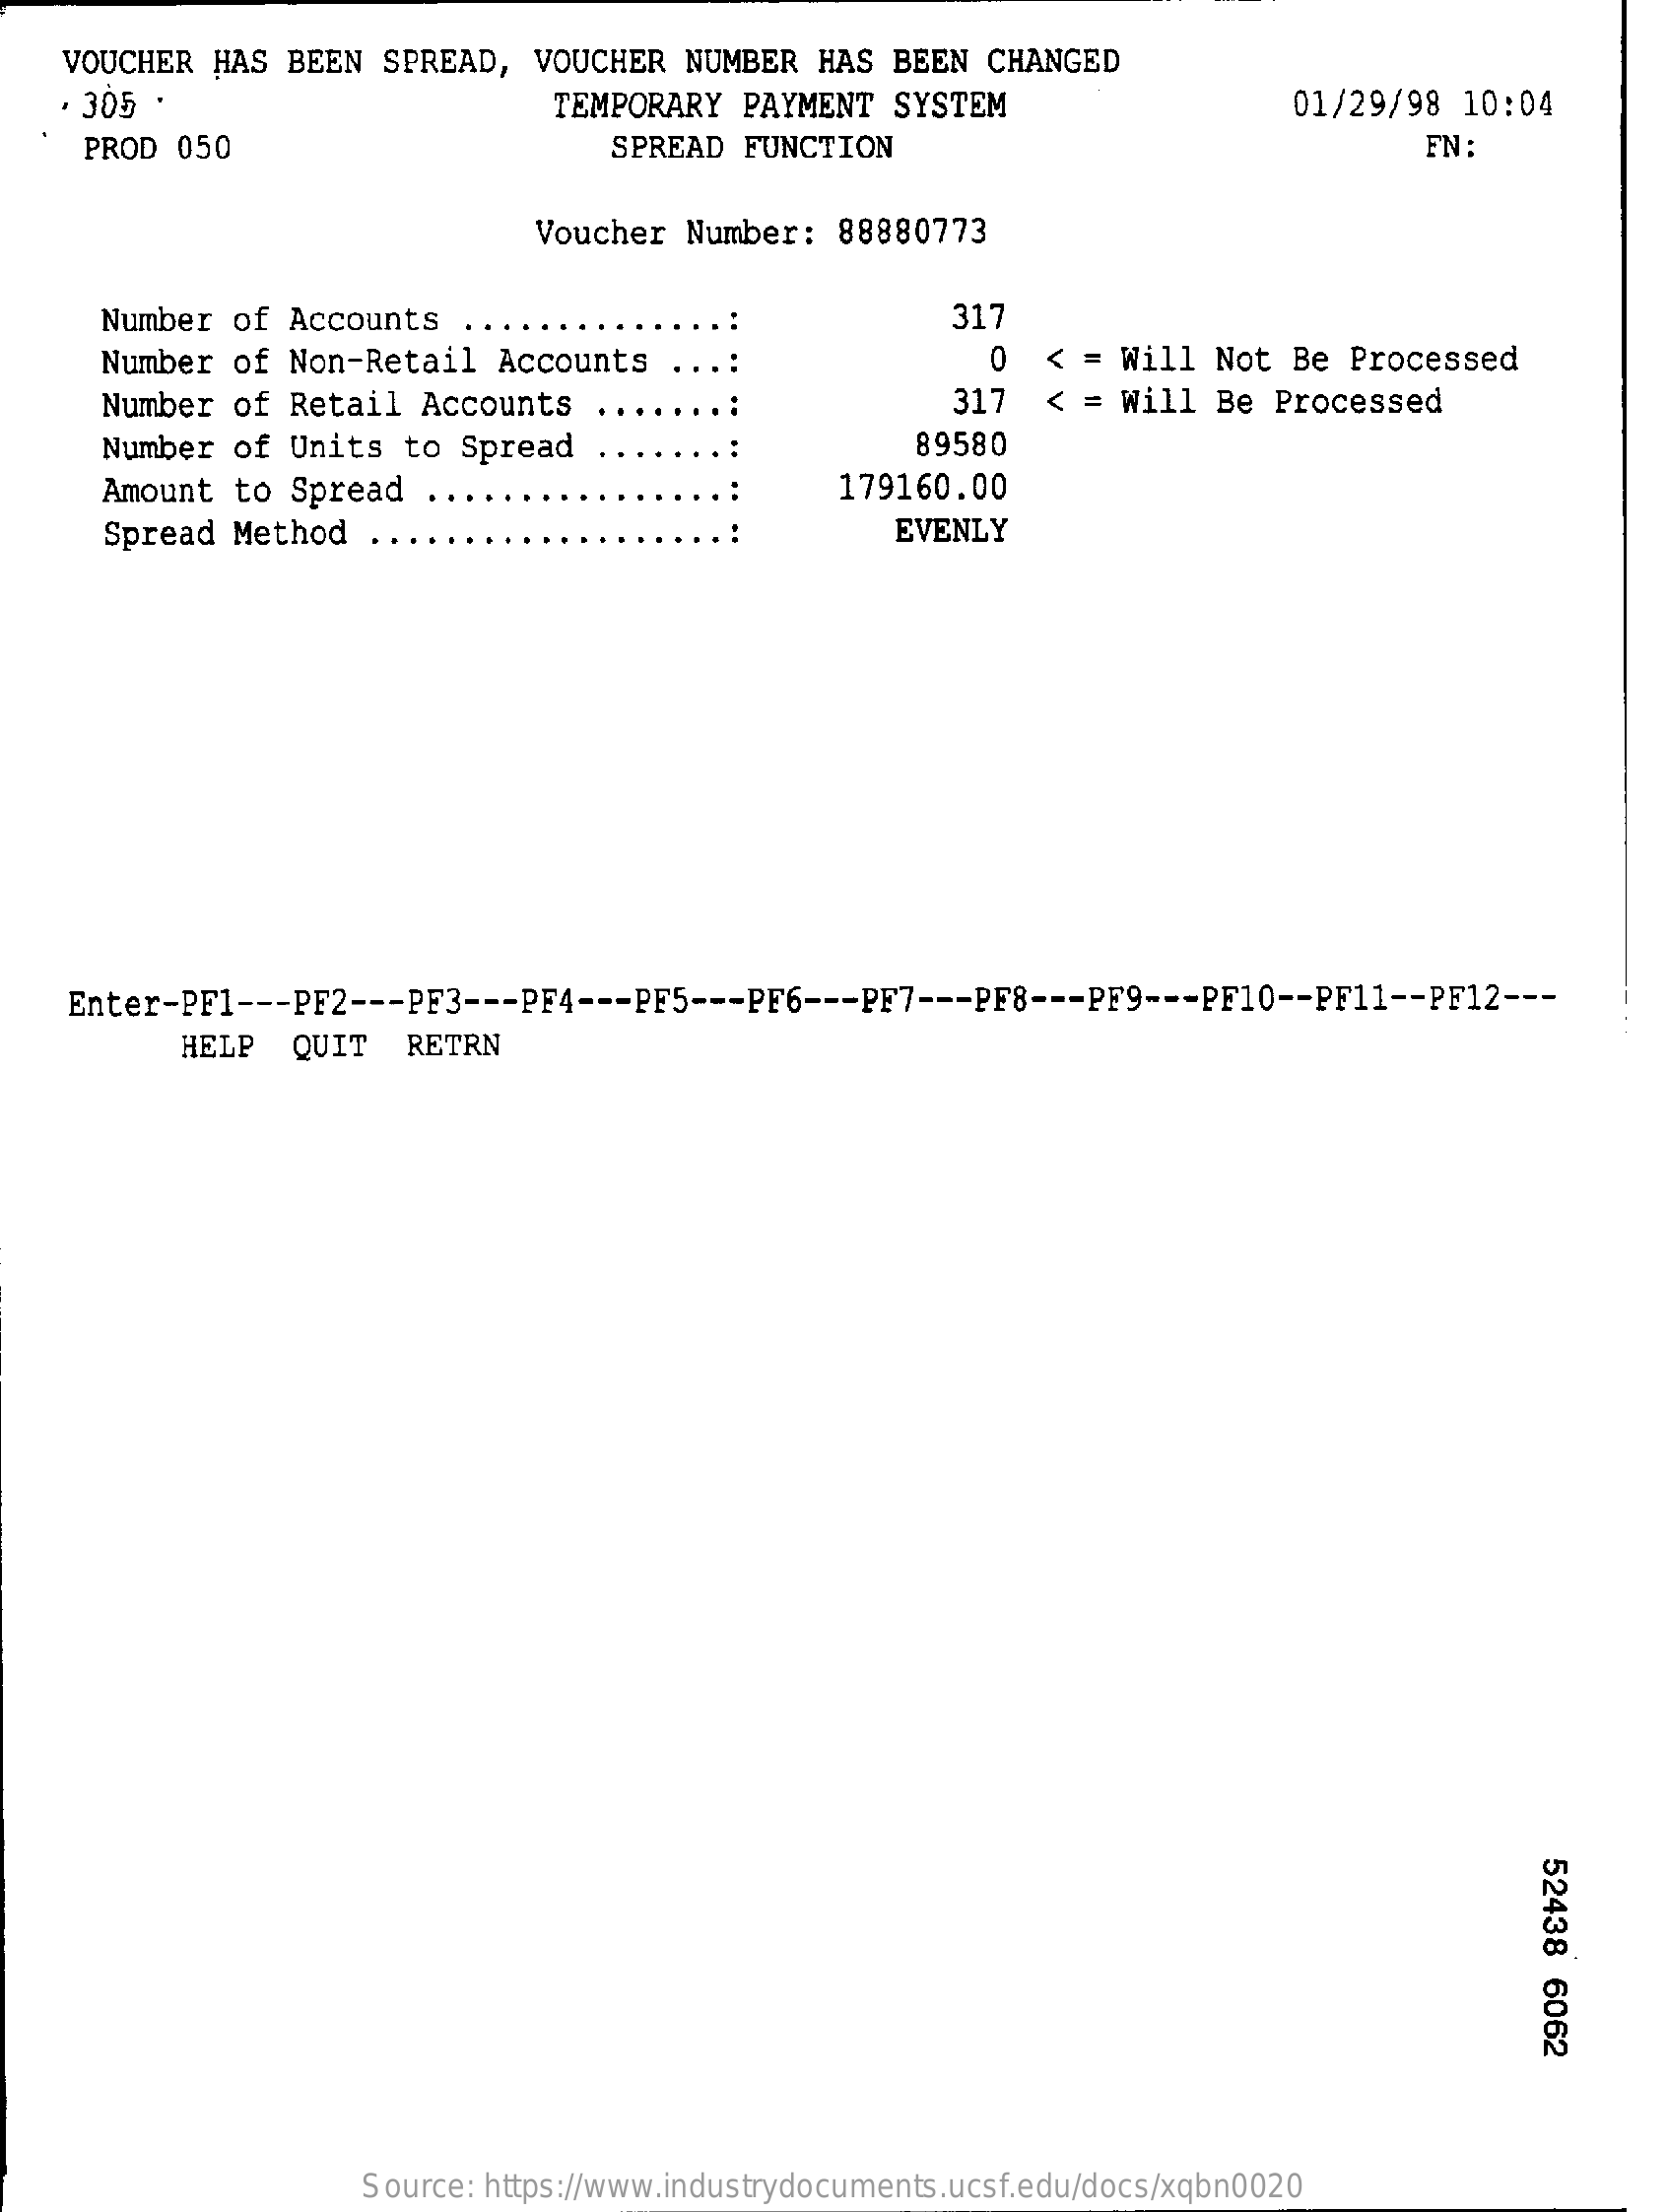
VOUCHER HAS BEEN SPREAD, VOUCHER NUMBER HAS BEEN CHANGED
   . 305 .    TEMPORARY PAYMENT SYSTEM    01/29/98 10:04
     PROD 050    SPREAD FUNCTION    FN:
     Voucher Number: 88880773
     Number of Accounts ..    317
     Number of Non-Retail Accounts    0   < = Will Not Be Processed
     Number of Retail Accounts    317  < = Will Be Processed
     Number of Units to Spread    89580
     Amount to Spread    179160.00
     Spread Method ..    EVENLY
    Enter-PF1 --- PF2 --- PF3 --- PF4 --- PF5 --- PF6 --- PF7 --- PF8 --- PF9 --- PF10 -- PF11 -- PF12 ---
     HELP  QUIT  RETRN
     52438
     6062
     Source: https://www.industrydocuments.ucsf.edu/docs/xqbn0020